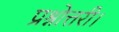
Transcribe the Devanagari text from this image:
प्रश्नोत्तरी।